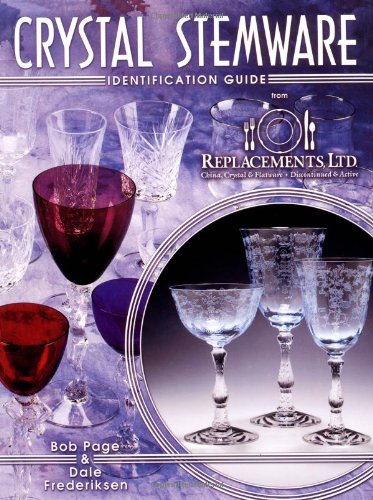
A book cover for Crystal Stemware Identification Guide; Bob Page; Crafts, Hobbies & Home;